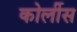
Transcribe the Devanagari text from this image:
कोर्लीस